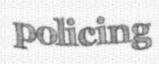
policing